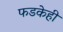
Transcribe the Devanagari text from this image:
फडकेही